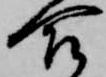
合